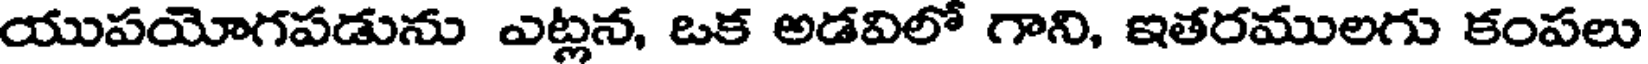
యుపయోగపడును ఎట్లన, ఒక అడవిలో గాని, ఇతరములగు కంపలు